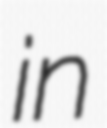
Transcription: in